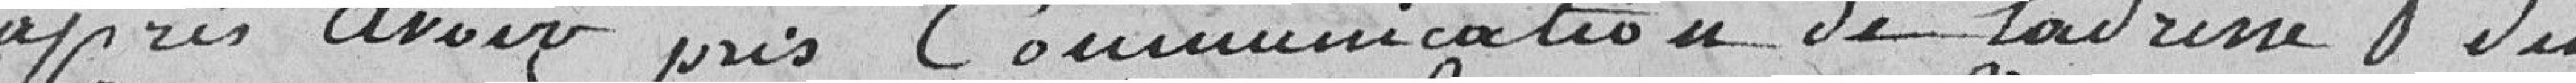
après avoir pris communication de l'adresse du